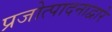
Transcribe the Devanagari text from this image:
प्रजोत्पादनाद्वारे